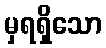
မှရရှိသော